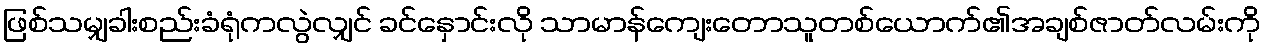
ဖြစ်သမျှခါးစည်းခံရုံကလွဲလျှင် ခင်နှောင်းလို သာမာန်ကျေးတောသူတစ်ယောက်၏အချစ်ဇာတ်လမ်းကို